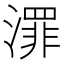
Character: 𣿓